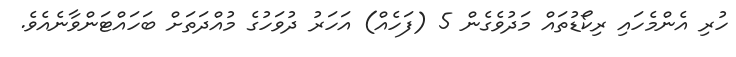
ހުރި އެންމެހައި ރިކޯޑުތައް މަދުވެގެން 5 (ފަހެއް) އަހަރު ދުވަހުގެ މުއްދަތަށް ބަހައްޓަންވާނެއެވެ.